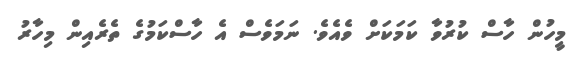
މީހުން ހާސް ކުރުވާ ކަމަކަށް ވެއެވެ. ނަމަވެސް އެ ހާސްކަމުގެ ތެރެއިން މިހާރު